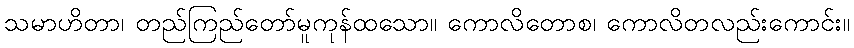
သမာဟိတာ၊ တည်ကြည်တော်မူကုန်ထသော။ ကောလိတောစ၊ ကောလိတလည်းကောင်း။